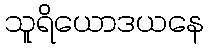
သူရိယောဒယနေ